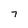
Character: 7